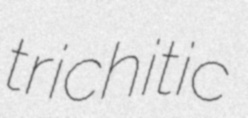
trichitic